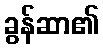
ခွန်ဆာ၏